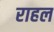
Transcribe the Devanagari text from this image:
राहल